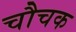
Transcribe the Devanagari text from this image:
चौचक